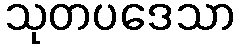
သုတပဒေသာ